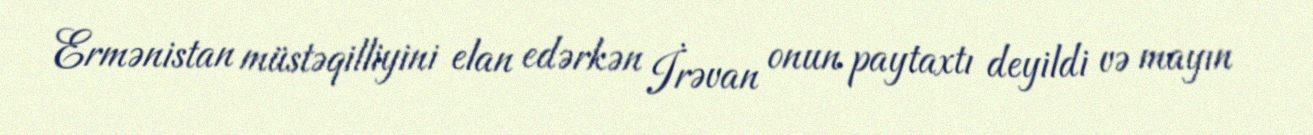
Ermənistan müstəqilliyini elan edərkən İrəvan onun paytaxtı deyildi və mayın